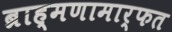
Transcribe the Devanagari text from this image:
ब्राह्मणामार्फत